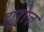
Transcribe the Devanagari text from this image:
ह्यूरोज़